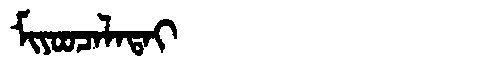
Manchu: ᠮᡳᠶᠣᠣᠴᠠᠯᠠᡨᠠᡳ
Romanization: MIYOOCALATAI